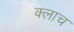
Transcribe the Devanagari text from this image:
क्लाच